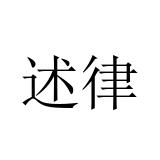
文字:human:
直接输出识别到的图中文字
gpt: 述律